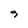
Character: 9